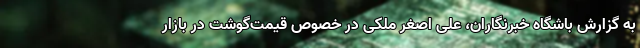
به گزارش باشگاه خبرنگاران، علی اصغر ملکی در خصوص قیمت‌گوشت در بازار